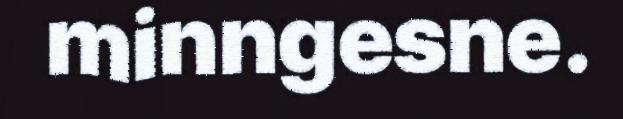
minngesne.